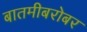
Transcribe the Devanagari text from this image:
बातमीबरोबर